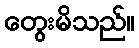
တွေးမိသည်။